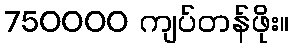
750000 ကျပ်တန်ဖိုး။